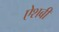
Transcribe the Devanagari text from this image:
ऐशबी